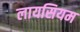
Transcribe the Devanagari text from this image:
लायसियम